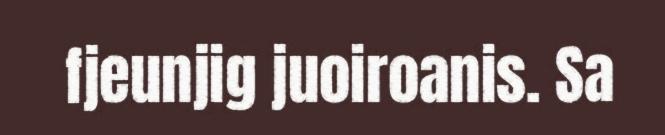
fjeunjig juoiroanis. Sa